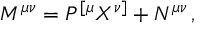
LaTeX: M ^ { \mu \nu } = P ^ { [ \mu } X ^ { \nu ] } + N ^ { \mu \nu } \, ,